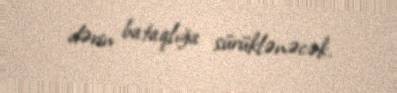
dərin bataqlığa sürüklənəcək.